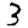
Digit: 3